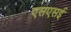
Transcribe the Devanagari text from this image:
एसएसई